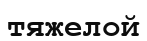
тяжелой